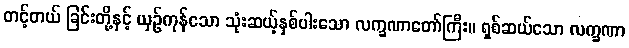
တင့်တယ် ခြင်းတို့နှင့် ယှဉ်ကုန်သော သုံးဆယ့်နှစ်ပါးသော လက္ခဏာတော်ကြီး။ ရှစ်ဆယ်သော လက္ခဏာ